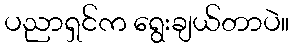
ပညာရှင်က ရွေးချယ်တာပဲ။